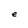
Character: e